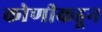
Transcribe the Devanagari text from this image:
कोणीकडून